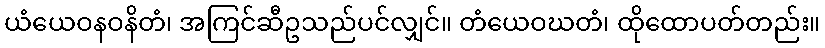
ယံယေဝနဝနိတံ၊ အကြင်ဆီဥသည်ပင်လျှင်။ တံယေဝဃတံ၊ ထိုထောပတ်တည်း။